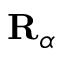
\mathbf { R } _ { \alpha }